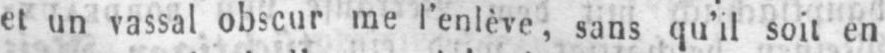
et un vassal obscur me l’enlève, sans qu’il soit en